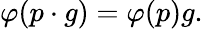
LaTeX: \varphi(p\cdot g)=\varphi(p)g.